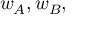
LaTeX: w _ { A } , w _ { B } ,